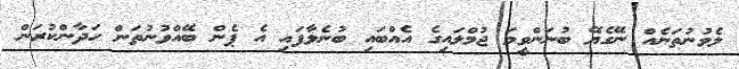
ލެވުނުތަނެއް ނޭގެޔޭ ބުނަންވީމަ ޖުމްލައިގެ އެއްބައި ބުނެލާފައި އެ ޕެން ބޭއްވުނުތަން ހަދާންކުރަން